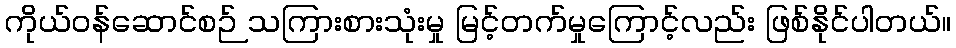
ကိုယ်ဝန်ဆောင်စဉ် သကြားစားသုံးမှု မြင့်တက်မှုကြောင့်လည်း ဖြစ်နိုင်ပါတယ်။